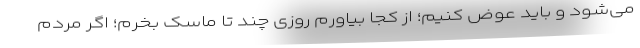
می‌شود و باید عوض کنیم؛ از کجا بیاورم روزی چند تا ماسک بخرم؛ اگر مردم